Indian journal of veterinary science and animal husbandry - Volumes 18-21, 1948-1951
Year: 1948
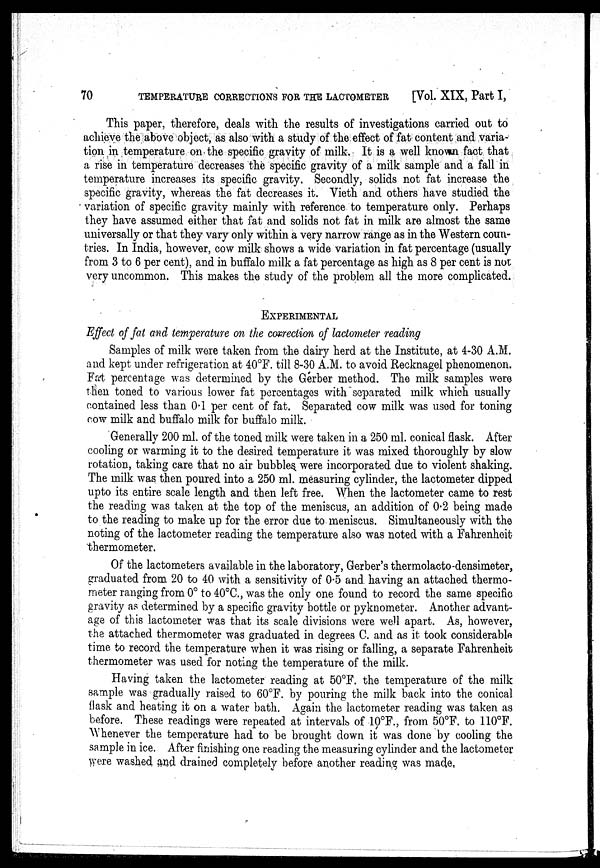
70
TEMPERATURE CORRECTIONS FOR THE LACTOMETER
[Vol. XIX, Part I,
This paper, therefore, deals with the results of investigations carried out to
achieve the above object, as also with a study of the effect of fat content and varia-
tion in temperature on the specific gravity of milk. It is a well known fact that
a rise in temperature decreases the specific gravity of a milk sample and a fall in
temperature increases its specific gravity. Secondly, solids not fat increase the
specific gravity, whereas the fat decreases it. Vieth and others have studied the
variation of specific gravity mainly with reference to temperature only. Perhaps
they have assumed either that fat and solids not fat in milk are almost the same
universally or that they vary only within a very narrow range as in the Western coun-
tries. In India, however, cow milk shows a wide variation in fat percentage (usually
from 3 to 6 per cent), and in buffalo milk a fat percentage as high as 8 per cent is not
very uncommon. This makes the study of the problem all the more complicated.
EXPERIMENTAL
Effect of fat and temperature on the correction of lactometer reading
Samples of milk were taken from the dairy herd at the Institute, at 4-30 A.M.
and kept under refrigeration at 40ºF. till 8-30 A.M. to avoid Recknagel phenomenon.
Fat percentage was determined by the Gerber method. The milk samples were
then toned to various lower fat percentages with separated milk which usually
contained less than 0.1 per cent of fat. Separated cow milk was used for toning
cow milk and buffalo milk for buffalo milk.
Generally 200 ml. of the toned milk were taken in a 250 ml. conical flask. After
cooling or warming it to the desired temperature it was mixed thoroughly by slow
rotation, taking care that no air bubbles were incorporated due to violent shaking.
The milk was then poured into a 250 ml. measuring cylinder, the lactometer dipped
upto its entire scale length and then left free. When the lactometer came to rest
the reading was taken at the top of the meniscus, an addition of 0.2 being made
to the reading to make up for the error due to meniscus. Simultaneously with the
noting of the lactometer reading the temperature also was noted with a Fahrenheit
thermometer.
Of the lactometers available in the laboratory, Gerber's thermolacto-densimeter,
graduated from 20 to 40 with a sensitivity of 0.5 and having an attached thermo-
meter ranging from 0º to 40ºC., was the only one found to record the same specific
gravity as determined by a specific gravity bottle or pyknometer. Another advant-
age of this lactometer was that its scale divisions were well apart. As, however,
the attached thermometer was graduated in degrees C. and as it took considerable
time to record the temperature when it was rising or falling, a separate Fahrenheit
thermometer was used for noting the temperature of the milk.
Having taken the lactometer reading at 50°F. the temperature of the milk
sample was gradually raised to 60ºF. by pouring the milk back into the conical
flask and heating it on a water bath. Again the lactometer reading was taken as
before. These readings were repeated at intervals of 10ºF., from 50ºF. to 110°F.
Whenever the temperature had to be brought down it was done by cooling the
sample in ice. After finishing one reading the measuring cylinder and the lactometer
were washed and drained completely before another reading was made.